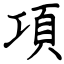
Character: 項